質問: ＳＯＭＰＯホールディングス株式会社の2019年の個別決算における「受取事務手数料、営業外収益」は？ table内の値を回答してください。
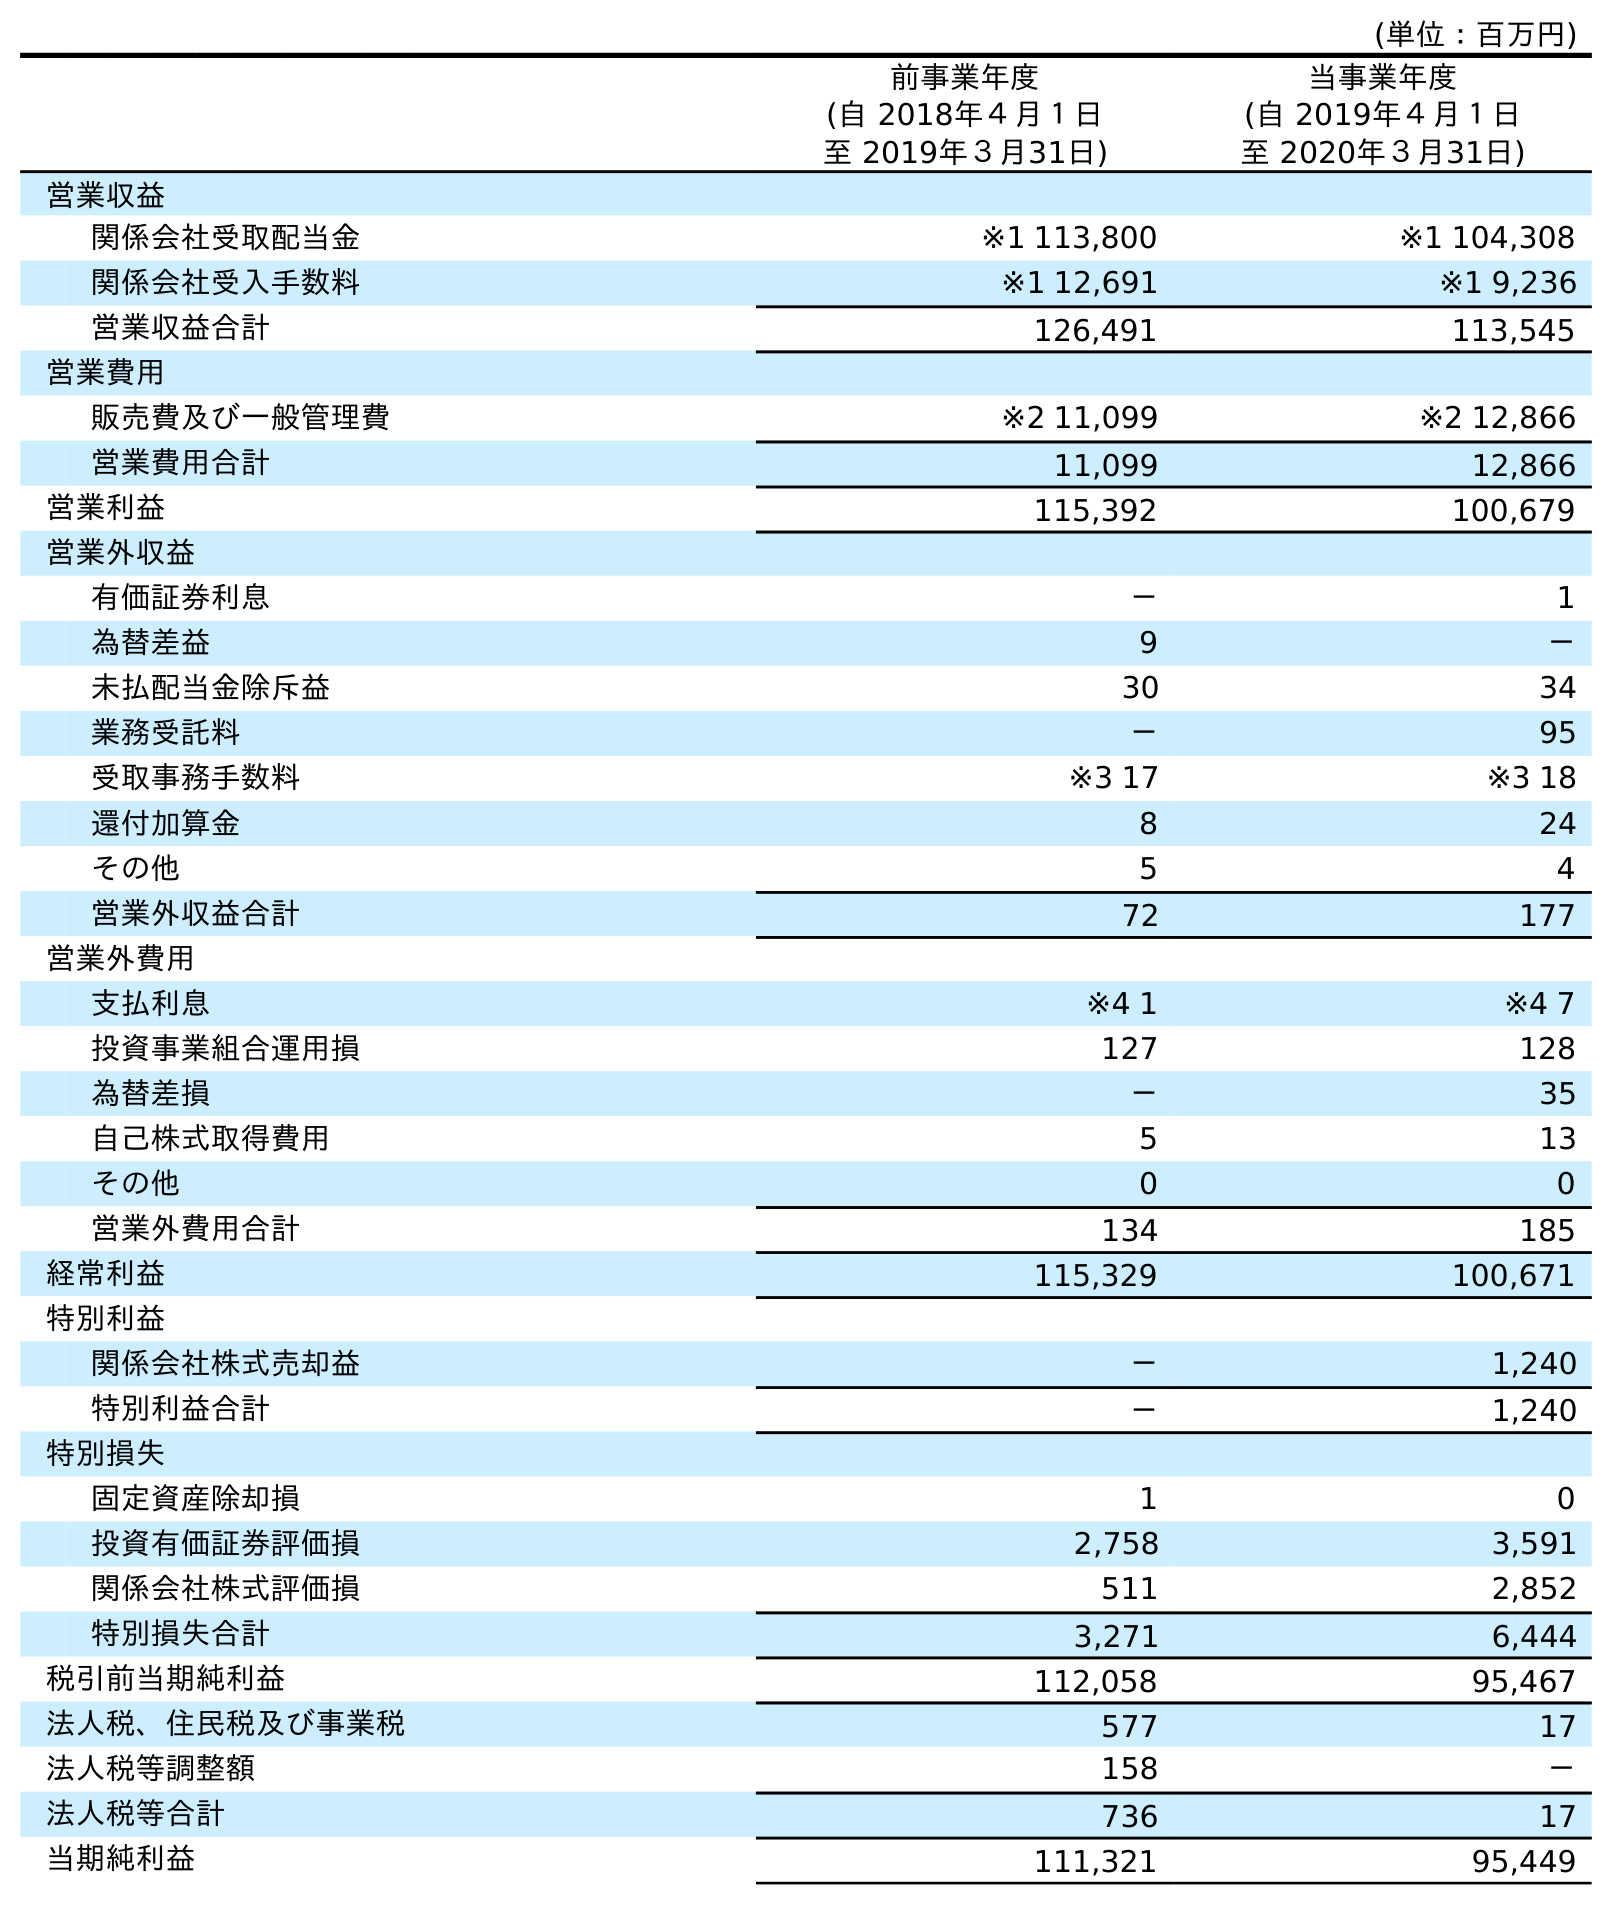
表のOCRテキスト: (単位：百万円) 前事業年度 (自 2018年４月１日 至 2019年３月31日) 当事業年度 (自 2019年４月１日 至 2020年３月31日) 営業収益 関係会社受取配当金 ※1 113,800 ※1 104,308 関係会社受入手数料 ※1 12,691 ※1 9,236 営業収益合計 126,491 113,545 営業費用 販売費及び一般管理費 ※2 11,099 ※2 12,866 営業費用合計 11,099 12,866 営業利益 115,392 100,679 営業外収益 有価証券利息 － 1 為替差益 9 － 未払配当金除斥益 30 34 業務受託料 － 95 受取事務手数料 ※3 17 ※3 18 還付加算金 8 24 その他 5 4 営業外収益合計 72 177 営業外費用 支払利息 ※4 1 ※4 7 投資事業組合運用損 127 128 為替差損 － 35 自己株式取得費用 5 13 その他 0 0 営業外費用合計 134 185 経常利益 115,329 100,671 特別利益 関係会社株式売却益 － 1,240 特別利益合計 － 1,240 特別損失 固定資産除却損 1 0 投資有価証券評価損 2,758 3,591 関係会社株式評価損 511 2,852 特別損失合計 3,271 6,444 税引前当期純利益 112,058 95,467 法人税、住民税及び事業税 577 17 法人税等調整額 158 － 法人税等合計 736 17 当期純利益 111,321 95,449
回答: ※317